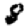
Digit: 8